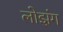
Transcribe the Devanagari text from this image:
लोझंग